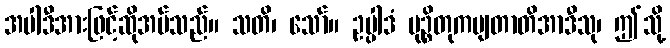
အပါဒီအားဖြင့်ဆိုအပ်သည်။ သတိ၊ သော်။ ဥပ္ပါဒံ မုဉ္စိတုကမျတာတိအာဒီသု၊ ဤသို့